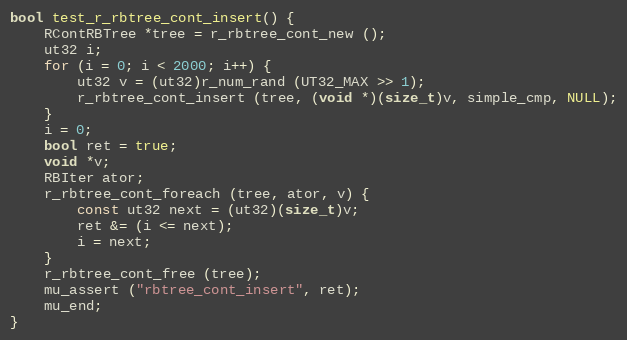
Language: C
bool test_r_rbtree_cont_insert() {
	RContRBTree *tree = r_rbtree_cont_new ();
	ut32 i;
	for (i = 0; i < 2000; i++) {
		ut32 v = (ut32)r_num_rand (UT32_MAX >> 1);
		r_rbtree_cont_insert (tree, (void *)(size_t)v, simple_cmp, NULL);
	}
	i = 0;
	bool ret = true;
	void *v;
	RBIter ator;
	r_rbtree_cont_foreach (tree, ator, v) {
		const ut32 next = (ut32)(size_t)v;
		ret &= (i <= next);
		i = next;
	}
	r_rbtree_cont_free (tree);
	mu_assert ("rbtree_cont_insert", ret);
	mu_end;
}